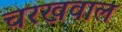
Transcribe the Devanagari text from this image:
चरखवाल